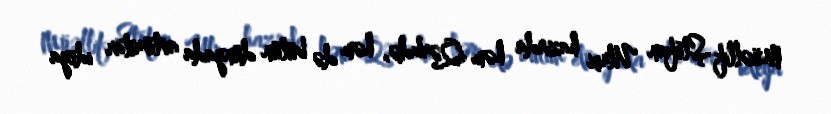
Müəllif Ştefan Ulrix hazırda həm Qərbdə, həm də bütün dünyada avtoritar ideya